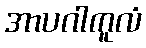
အာပဂါကူလံ